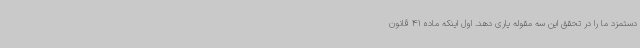
دستمزد ما را در تحقق این سه مقوله یاری دهد. اول اینکه ماده 41 قانون